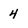
Character: 4